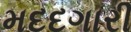
મદદગારી